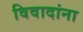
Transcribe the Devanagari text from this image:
विवादांना